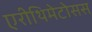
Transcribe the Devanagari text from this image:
एरीथिमेटोसस